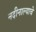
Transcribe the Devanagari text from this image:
नदीनाल्याचे